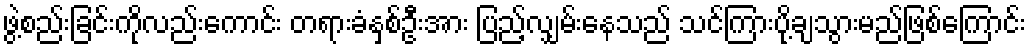
ဖွဲ့စည်းခြင်းကိုလည်းကောင်း တရားခံနှစ်ဦးအား ပြည့်လျှမ်းနေသည် သင်ကြားပို့ချသွားမည်ဖြစ်ကြောင်း